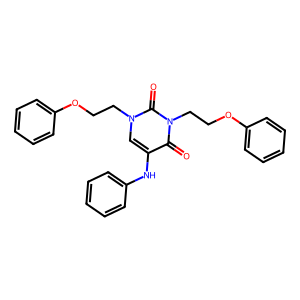
SMILES: O=c1c(Nc2ccccc2)cn(CCOc2ccccc2)c(=O)n1CCOc1ccccc1
Inhibits HIV replication: No